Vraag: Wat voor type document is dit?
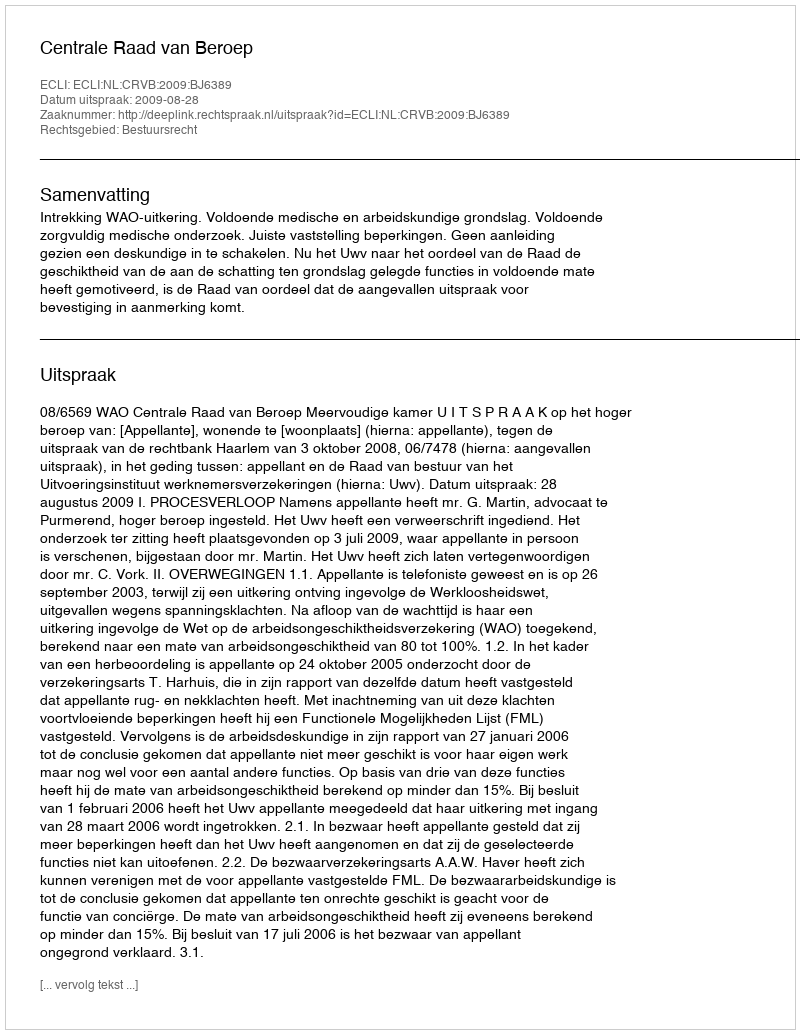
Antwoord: Uitspraak